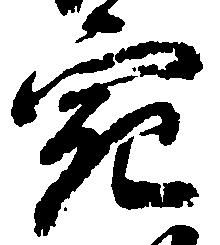
宛